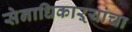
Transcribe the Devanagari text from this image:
सेनाधिकाऱ्यांचा